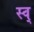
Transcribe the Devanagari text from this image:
स्व्